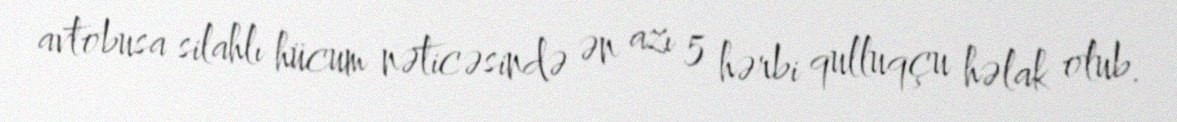
avtobusa silahlı hücum nəticəsində ən azı 5 hərbi qulluqçu həlak olub.